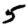
Digit: 5